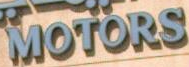
MOTORS